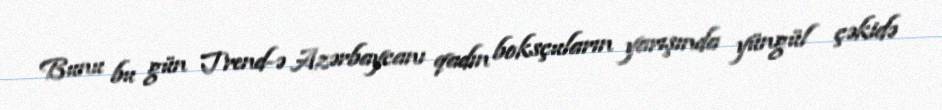
Bunu bu gün Trend-ə Azərbaycanı qadın boksçuların yarışında yüngül çəkidə